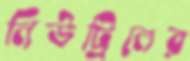
নিউট্রিনের